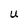
Character: U